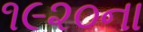
૧૯૨૦ના